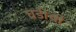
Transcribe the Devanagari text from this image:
घडीची